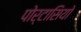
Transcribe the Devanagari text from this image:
पोर्टासियो